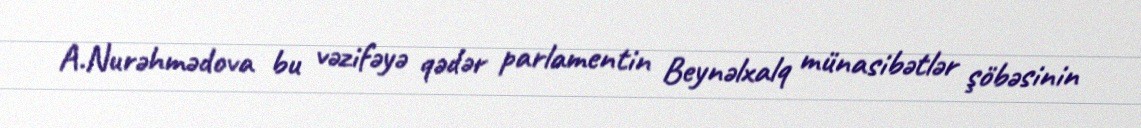
A.Nurəhmədova bu vəzifəyə qədər parlamentin Beynəlxalq münasibətlər şöbəsinin